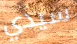
سيدي